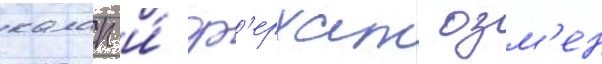
калап и́ ф'ерхат озм'ен